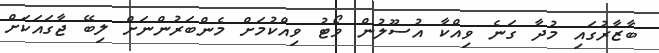
ބާޒާރުގައި މުދާ ގަނެ ވިއްކާ އުސޫލުން ވޯޓު ވިއްކުމަށް މެންބަރުންނަށް ލިބޭ ޖާގައަކަށް